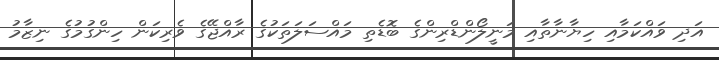
އަދި ވައްކަމާއި ހިޔާނާތާއި މަނީލޯންޑްރިންގެ ބޮޑެތި މައްސަލަތަކުގެ ރާއްޖޭގެ ވެރިކަން ހިންގުމުގެ ނިޒާމު